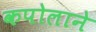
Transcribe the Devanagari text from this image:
कपोलाने